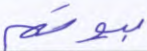
بيوتهم